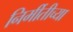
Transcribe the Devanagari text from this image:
निर्मीतीच्या